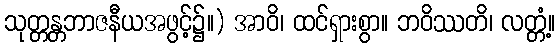
သုတ္တန္တဘာဇနီယအဖွင့်၌။) အာဝိ၊ ထင်ရှားစွာ။ ဘဝိဿတိ၊ လတ္တံ့။